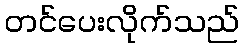
တင်ပေးလိုက်သည်